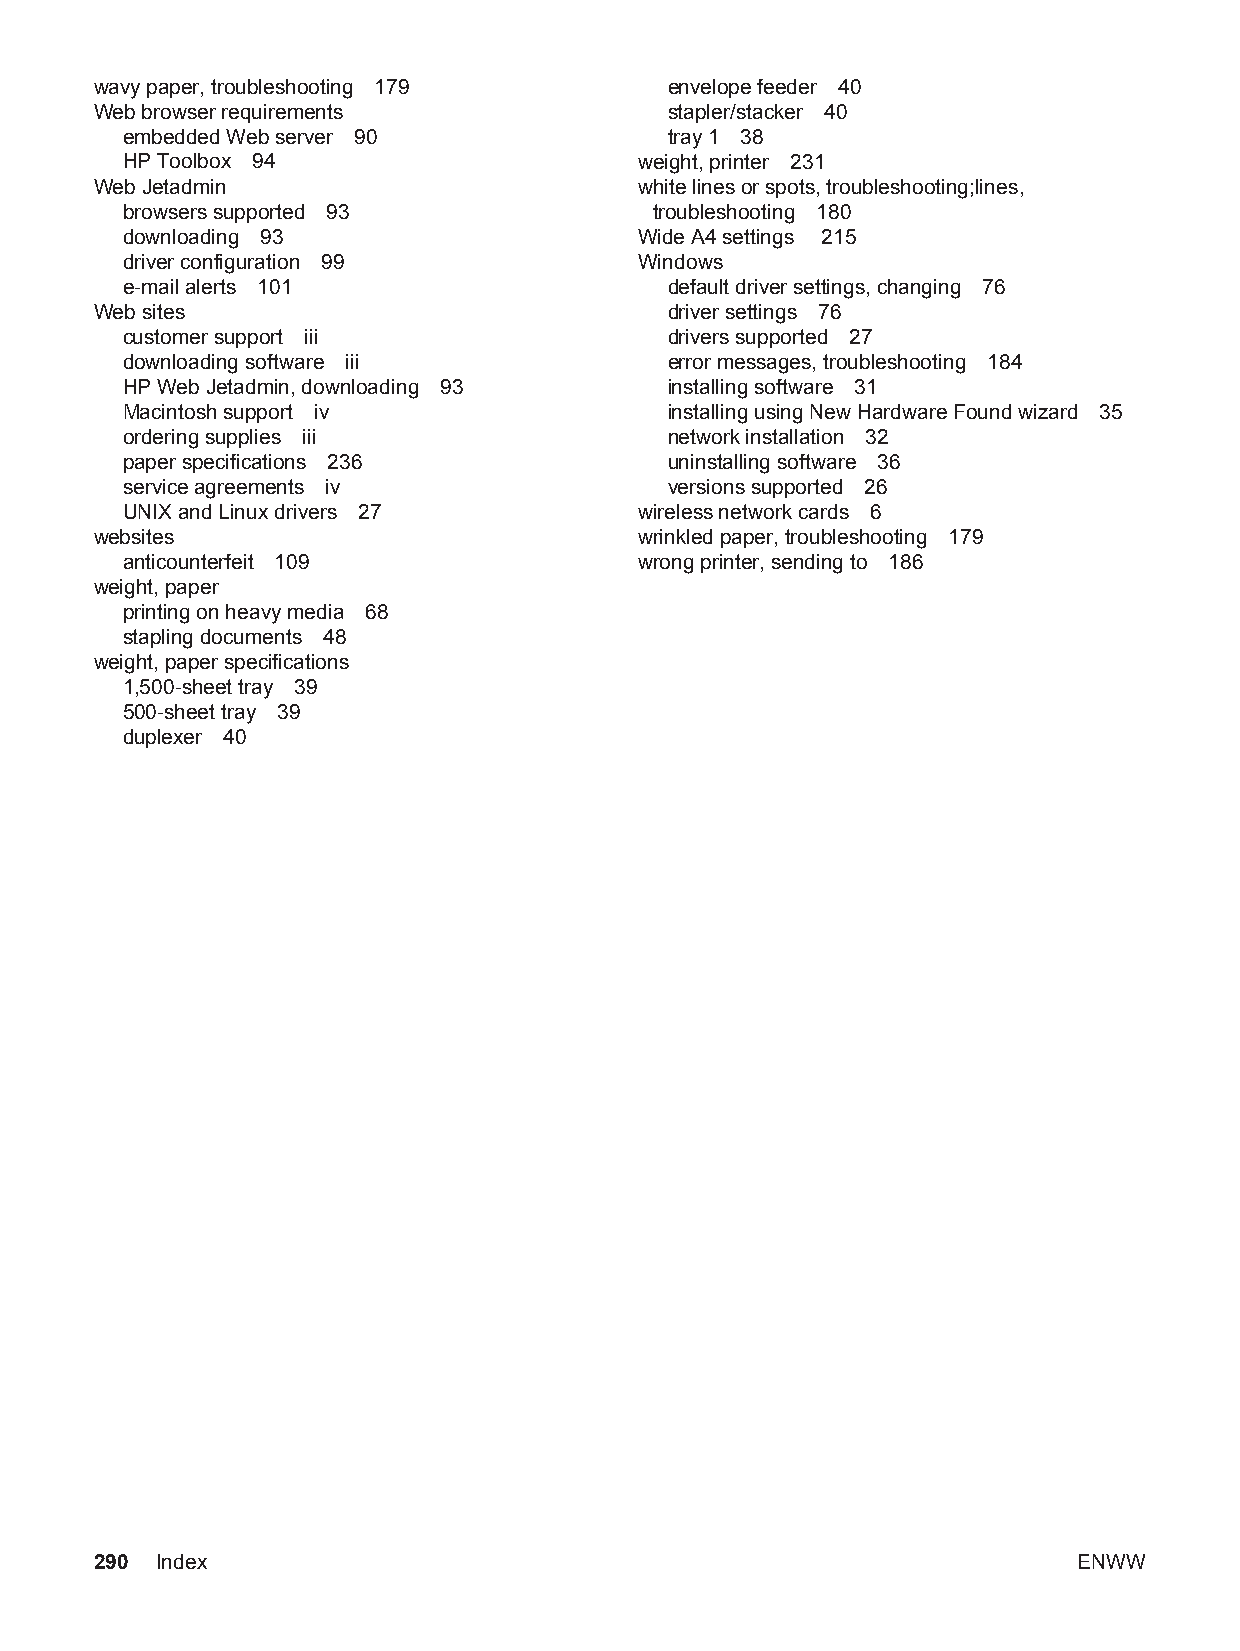
wavy paper, troubleshooting 179       envelope feeder 40
 Web browser requirements              stapler/stacker 40
 embedded Web server 90              tray 1 38
 HP Toolbox 94                     weight, printer 231
 Web Jetadmin                        white lines or spots, troubleshooting;lines,
 browsers supported 93              troubleshooting 180
 downloading 93                    Wide A4 settings 215
 driver configuration 99           Windows
 e-mail alerts 101                   default driver settings, changing 76
 Web sites                             driver settings 76
 customer support iii                drivers supported 27
 downloading software iii            error messages, troubleshooting 184
 HP Web Jetadmin, downloading 93     installing software 31
 Macintosh support iv                installing using New Hardware Found wizard 35
 ordering supplies iii               network installation 32
 paper specifications 236            uninstalling software 36
 service agreements iv               versions supported 26
 UNIX and Linux drivers 27         wireless network cards 6
 websites                            wrinkled paper, troubleshooting 179
 anticounterfeit 109               wrong printer, sending to 186
 weight, paper
 printing on heavy media 68
 stapling documents 48
 weight, paper specifications
 1,500-sheet tray 39
 500-sheet tray 39
 duplexer 40
 290 Index                                                        ENWW